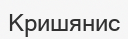
Кришянис